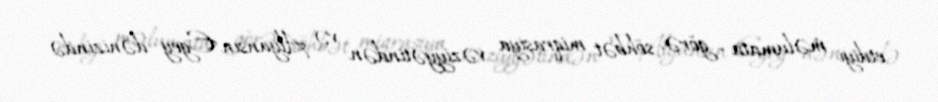
etdiyi məlumata görə, söhbət miqrasiya vəziyyətindən və Alyansın Egey dənizində